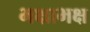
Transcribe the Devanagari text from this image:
भक्षाभक्ष